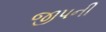
જીપની